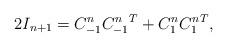
LaTeX: \begin{align*}2I_{n+1}=C^n_{-1}{C^n_{-1}}^T+C^n_1{C^n_1}^T,\end{align*}